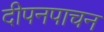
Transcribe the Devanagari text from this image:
दीपनपाचन